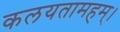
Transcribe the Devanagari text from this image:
कलयतामहम्।